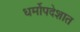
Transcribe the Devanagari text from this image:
धर्मोपदेशात